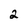
Character: 2